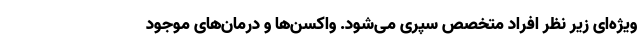
ویژه‌ای زیر نظر افراد متخصص سپری می‌شود. واکسن‌ها و درمان‌های موجود